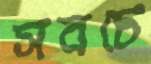
সবচে